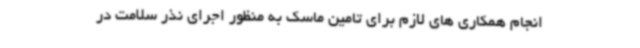
انجام همکاری های لازم برای تامین ماسک به منظور اجرای نذر سلامت در